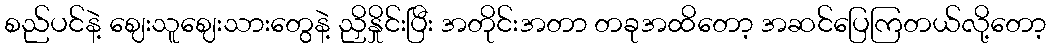
စည်ပင်နဲ့ ဈေးသူဈေးသားတွေနဲ့ ညှိနှိုင်းပြီး အတိုင်းအတာ တခုအထိတော့ အဆင်ပြေကြတယ်လို့တော့